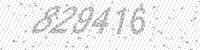
Solution: 829416